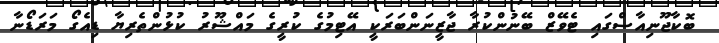
ބޮކާޖޫނިއާސްގައި ޓެވޭޒް ބޭނުންކުރާ ޖާޒީނަންބަރަކީ އޭޓިމުގެ ކުރީގެ މައްޝޫރު ކުޅުންތެރިޔާ ޑިއެގޯ މަރަޑޯނާ